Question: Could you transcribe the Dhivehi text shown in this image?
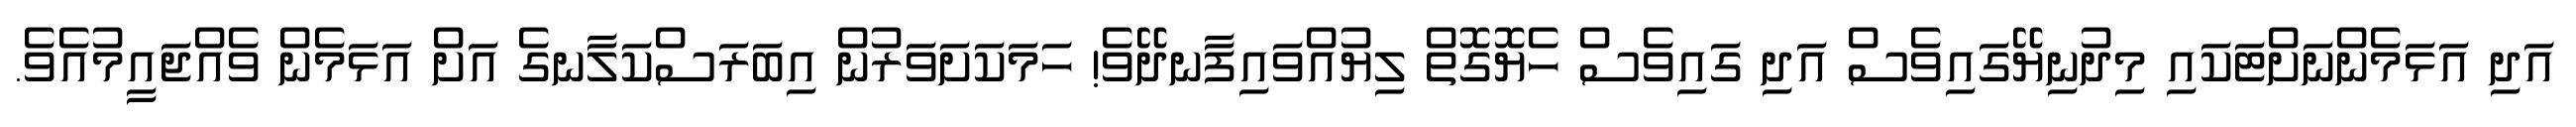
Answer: އަދި އަޅަމެންނަށްޓަކައި މިދުނިޔޭގައިވެސް އަދި ގައިވެސް ހެޔޮގޮތް ލިޔުއްވައިފާނދޭވެ! ހަމަކަށަވަރުން އިބަރަސްކަލާނގެ އަށް އަޅަމެން ވެއްޖައީމުއެވެ.